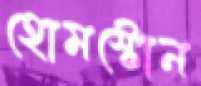
হোমস্টোন